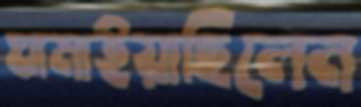
ঘামাইয়াছিলেন